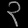
Digit: ၃